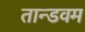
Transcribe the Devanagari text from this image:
तान्डवम